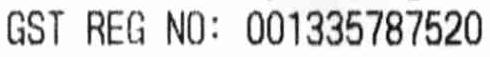
GST REG NO: 001335787520